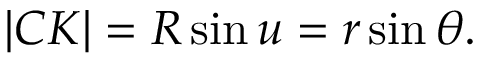
| C K | = R \sin u = r \sin \theta .